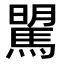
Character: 𩣶